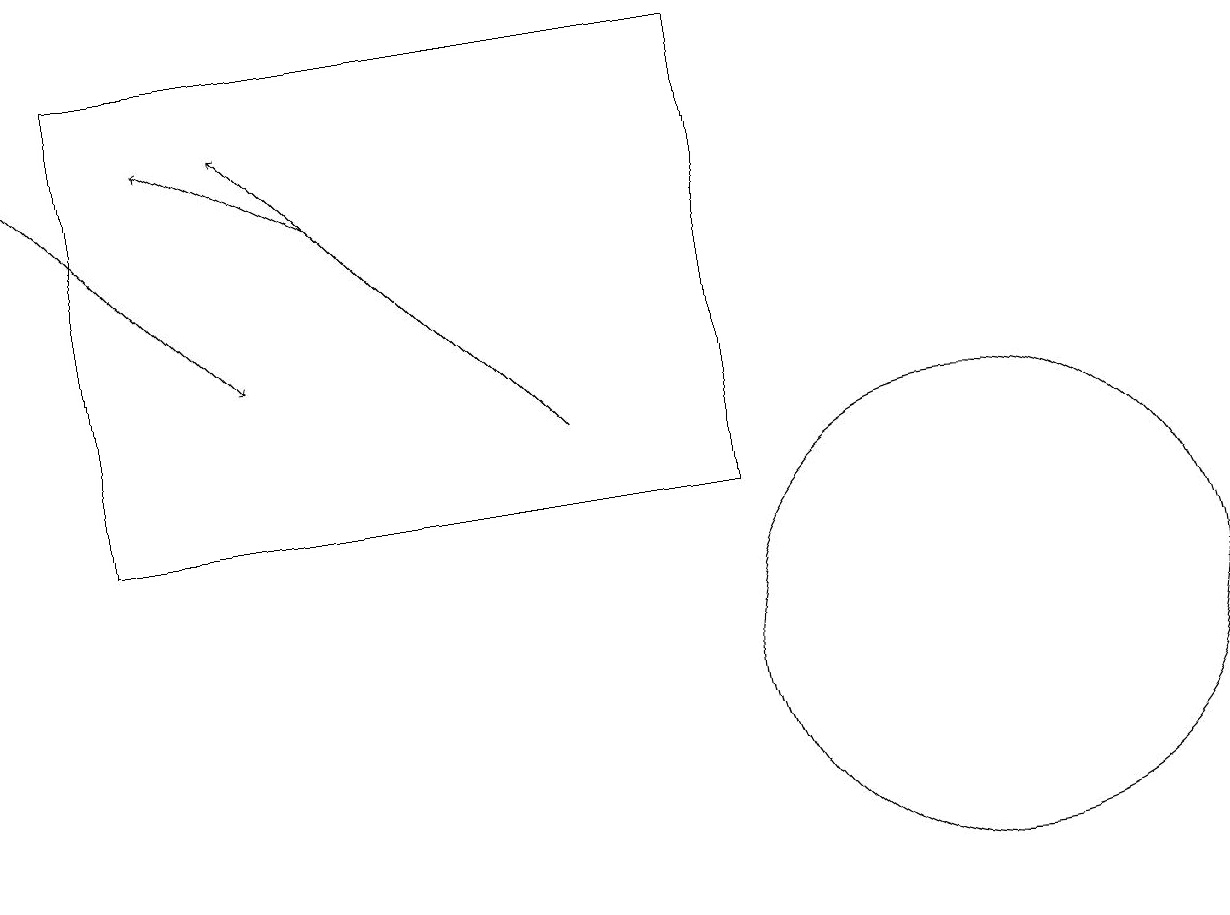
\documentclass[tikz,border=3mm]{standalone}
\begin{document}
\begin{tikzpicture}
\draw (12,11) circle (3);
\draw (10,11) circle (0);
\draw (9,19) rectangle (1,13);
\draw[->] (0,18) -- (3,15);
\draw[->] (4,17) -- (2,18);
\draw[->] (7,14) -- (3,18);
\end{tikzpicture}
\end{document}